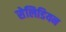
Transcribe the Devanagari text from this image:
सेलिडियन